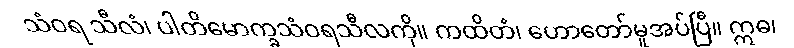
သံဝရ သီလံ၊ ပါတိမောက္ခသံဝရသီလကို။ ကထိတံ၊ ဟောတော်မူအပ်ပြီ။ ဣဓ၊